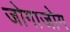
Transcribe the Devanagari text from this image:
जोगाजोग